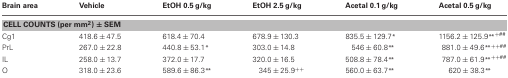
| Brain area | Vehicle | EtOH 0.5 g/kg | EtOH 2.5 g/kg | Acetal 0.1 g/kg | Acetal 0.5 g/kg |
 | --- | --- | --- | --- | --- | --- |
 | <COLSPAN=6> CELL COUNTS (per mm2) ± SEM |
 | Cg1 | 418.6 ± 47.5 | 618.4 ± 70.4 | 678.9 ± 130.3 | 835.5 ± 129.7* | 1156.2 ± 125.9**+## |
 | PrL | 267.0 ± 22.8 | 440.8 ± 53.1* | 303.0 ± 14.8 | 546 ± 60.8** | 881.0 ± 49.6**++## |
 | IL | 258.0 ± 13.7 | 372.0 ± 17.7 | 320.0 ± 16.5 | 508.8 ± 78.4** | 787.0 ± 61.9**++## |
 | O | 318.0 ± 23.6 | 589.6 ± 86.3** | 345 ± 25.9++ | 560.0 ± 63.7** | 620 ± 38.3** |